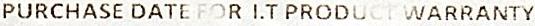
PURCHASE DATE FOR I.T PRODUCT WARRANTY